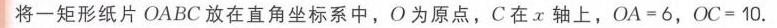
将一矩形纸片\(OABC\)放在直角坐标系中，\(O\)为原点，\(C\)在\(x\)轴上，\(OA = 6\)，\(OC = 10\).